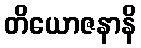
တိယောဇနာနိ